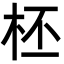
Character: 柸